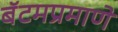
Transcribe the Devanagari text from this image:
बॅटमप्रमाणे